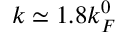
k \simeq 1 . 8 k _ { F } ^ { 0 }